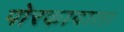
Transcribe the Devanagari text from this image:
पोरकादाता